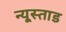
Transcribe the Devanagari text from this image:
न्यूस्ताड